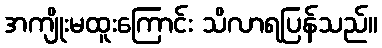
အကျိုးမထူးကြောင်း သိလာရပြန်သည်။